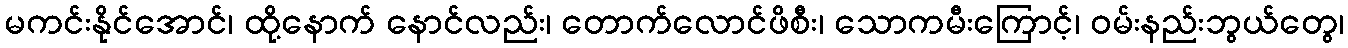
မကင်းနိုင်အောင်၊ ထို့နောက် နောင်လည်း၊ တောက်လောင်ဖိစီး၊ သောကမီးကြောင့်၊ ဝမ်းနည်းဘွယ်တွေ၊